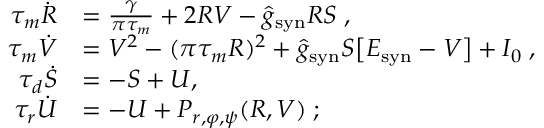
\begin{array} { r l } { \tau _ { m } \dot { R } } & { = \frac { \gamma } { \pi \tau _ { m } } + 2 R V - \hat { g } _ { \mathrm { s y n } } R S \; , } \\ { \tau _ { m } \dot { V } } & { = V ^ { 2 } - ( \pi \tau _ { m } R ) ^ { 2 } + \hat { g } _ { \mathrm { s y n } } S \big [ E _ { \mathrm { s y n } } - V \big ] + I _ { 0 } \; , } \\ { \tau _ { d } \dot { S } } & { = - S + U , \; } \\ { \tau _ { r } \dot { U } } & { = - U + P _ { r , \varphi , \psi } ( R , V ) \; ; } \end{array}